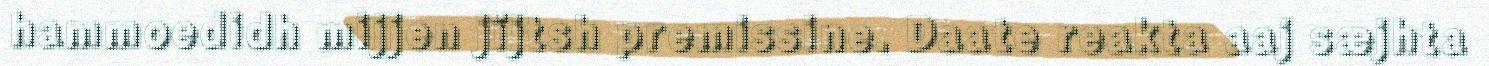
hammoedidh mijjen jïjtsh premissine. Daate reakta aaj sæjhta